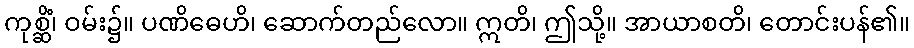
ကုစ္ဆိံ၊ ဝမ်း၌။ ပဏိဓေဟိ၊ ဆောက်တည်လော။ ဣတိ၊ ဤသို့။ အာယာစတိ၊ တောင်းပန်၏။